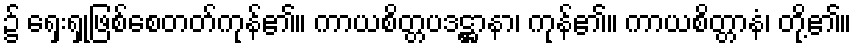
၌ ရှေးရှုဖြစ်စေတတ်ကုန်၏။ ကာယစိတ္တပဒဋ္ဌာနာ၊ ကုန်၏။ ကာယစိတ္တာနံ၊ တို့၏။